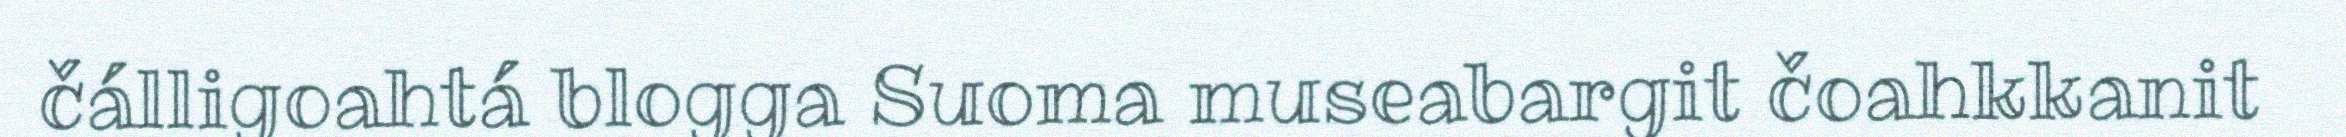
čálligoahtá blogga Suoma museabargit čoahkkanit